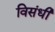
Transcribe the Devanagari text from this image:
विसंधी